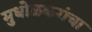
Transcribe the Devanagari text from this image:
मुधोळकरांचा